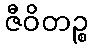
ဇီဝိတဉ္စ